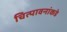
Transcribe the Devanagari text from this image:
चित्पावनांकडे